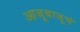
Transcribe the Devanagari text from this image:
आजूबाजूचं